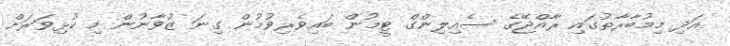
އަދި މިމުބާރާތުގައި ރާއްޖޭގެ ސެއިލިންގް ޓީމުން ބައިވެރިވުމުން ގިނަ ޒުވާނުން މި ކުޅިވަރަށް